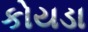
કોયડા